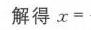
解得 \(x =\)